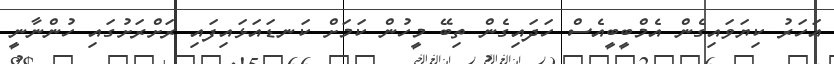
އަހަރު ކިޔަވައިގެން އެމްބީބީއެސް ހަދައިގެން ތިބޭ މީހުން ކަމަށް ކަނޑައަޅައިފައި ރަށްރަށުގައި ހުންނާނީ